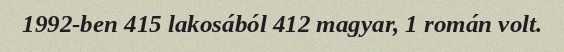
1992-ben 415 lakosából 412 magyar, 1 román volt.